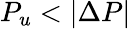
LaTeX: P_{u}<|\Delta P|